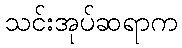
သင်းအုပ်ဆရာက